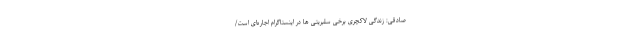
صادقی: زندگی‌ لاکچری برخی سلبریتی ها در اینستاگرام اجاره‌ای است/